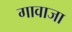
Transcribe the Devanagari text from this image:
गावाजा